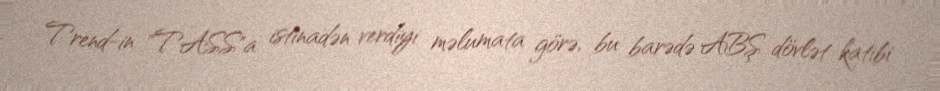
Trend-in "TASS"a istinadən verdiyi məlumata görə, bu barədə ABŞ dövlət katibi